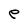
Character: e